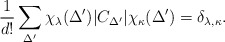
\begin{align*}\frac{1}{d!}\sum_{\Delta^{\prime}}\chi_{\lambda}(\Delta^{\prime})|C_{\Delta^{\prime}}|\chi_{\kappa}(\Delta^{\prime})=\delta_{\lambda,\kappa}.\end{align*}